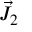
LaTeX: { \vec { J } } _ { 2 }